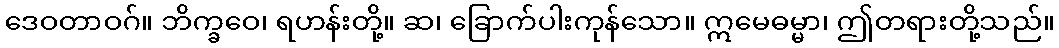
ဒေဝတာဝဂ်။ ဘိက္ခဝေ၊ ရဟန်းတို့။ ဆ၊ ခြောက်ပါးကုန်သော။ ဣမေဓမ္မာ၊ ဤတရားတို့သည်။